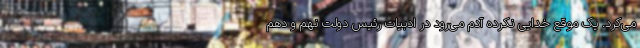
می‌کرد. یک موقع خدایی نکرده آدم می‌رود در ادبیات رئیس دولت نهم و دهم